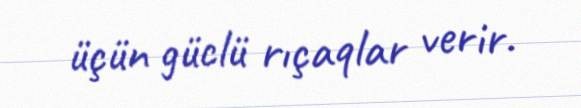
üçün güclü rıçaqlar verir.